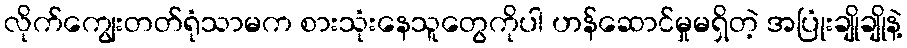
လိုက်ကျွေးတတ်ရုံသာမက စားသုံးနေသူတွေကိုပါ ဟန်ဆောင်မှုမရှိတဲ့ အပြုံးချိုချိုနဲ့